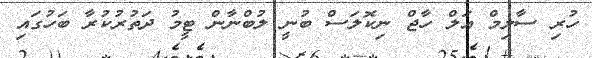
ހުރި ސާލިމް އަލް ހާޖް ނިކޮލަސް ބުނީ ލުބްނާން ޓީމު ދަތުރުކުރާ ބަހުގައި